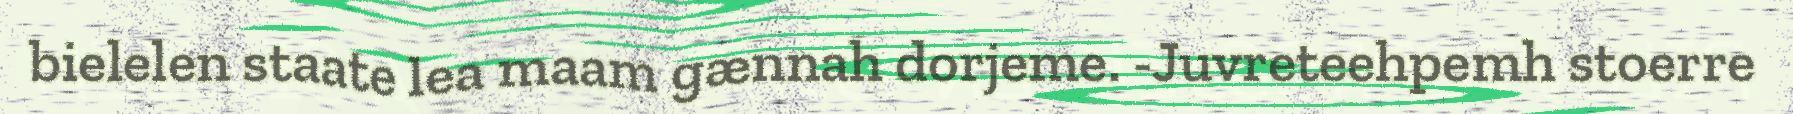
bielelen staate lea maam gænnah dorjeme. -Juvreteehpemh stoerre